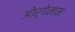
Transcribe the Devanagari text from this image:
ओर्गेनाम